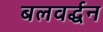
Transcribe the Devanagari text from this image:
बलवर्द्धन